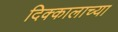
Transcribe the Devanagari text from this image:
दिक्कालाच्या